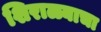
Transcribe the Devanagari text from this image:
शिराळ्याचा